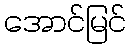
အောင်မြင်